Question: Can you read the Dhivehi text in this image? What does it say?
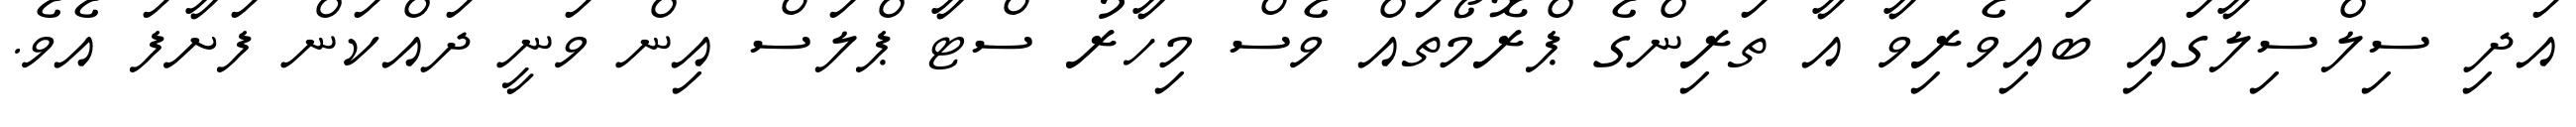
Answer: އަދި ސިލްސިލާގައި ބައިވެރިވާ އާ ތަރިންގެ ޕްރޮމޯތައް ވެސް މިހާރު ސްޓާ ޕްލަސް އިން ވަނީ ދައްކަން ފަށާފަ އެވެ.